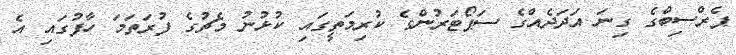
ޕެރްސިބްގެ ގިނަ އަދަދެއްގެ ސަޕޯޓަރުންގެ ކުރިމަތީގައި ކުޅުނު މެޗުގެ ފުރަތަމަ ހާފުގައި އެ